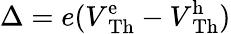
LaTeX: \Delta=e(V\mathrm{^e_{Th}}-V\mathrm{^h_{Th}})